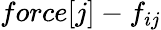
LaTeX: force[j]-f_{ij}